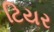
ટિયર